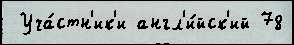
 Уча́стн'ик'и англ'и́йск'ий 78